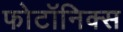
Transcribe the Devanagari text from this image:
फोटॉनिक्‍स